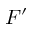
F ^ { \prime }